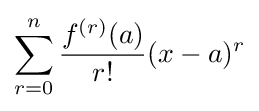
\sum _{r=0}^{n}{\frac {f^{(r)}(a)}{r!}}(x-a)^{r}